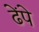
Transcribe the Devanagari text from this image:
ढेंपे